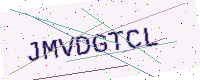
Text: JMVDGTCL